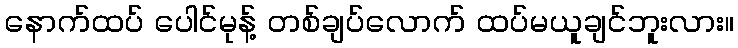
နောက်ထပ် ပေါင်မုန့် တစ်ချပ်လောက် ထပ်မယူချင်ဘူးလား။